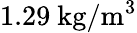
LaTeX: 1.29\mathrm{~kg}/\mathrm{m}^{3}